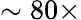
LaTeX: \sim 80\times